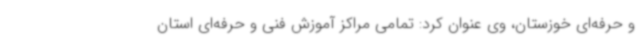
و حرفه‌ای خوزستان، وی عنوان کرد: تمامی مراکز آموزش فنی و حرفه‌ای استان